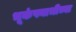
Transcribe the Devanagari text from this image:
भूकंपनाभीच्या